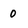
Character: 0